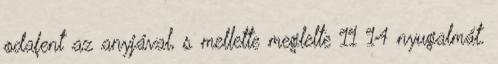
odafent az anyjával, s mellette meglelte 11 14 nyugalmát.